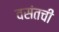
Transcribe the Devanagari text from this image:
वसंतची